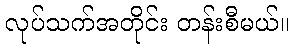
လုပ်သက်အတိုင်း တန်းစီမယ်။